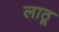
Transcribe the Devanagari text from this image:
लाठू